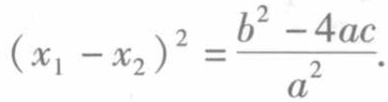
\((x_{1}-x_{2})^{2}=\frac{b^{2}-4ac}{a^{2}}.\)